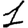
Digit: 1